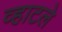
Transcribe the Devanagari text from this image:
व्हाटले